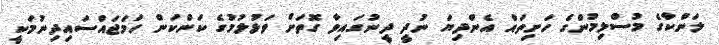
ލަންކާގެ މުސްލިމުންގެ ހަށިތައް އެންދިޔަ ނުދީ ދީނުގައިވާ ގޮތަށް ވަޅުލުމުގެ ކަންކަން ހަމަޖައްސައިދިނުމަކީ